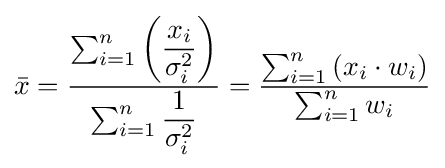
{\bar {x}}={\frac {\sum _{i=1}^{n}\left({\dfrac {x_{i}}{\sigma _{i}^{2}}}\right)}{\sum _{i=1}^{n}{\dfrac {1}{\sigma _{i}^{2}}}}}={\frac {\sum _{i=1}^{n}\left(x_{i}\cdot w_{i}\right)}{\sum _{i=1}^{n}w_{i}}}